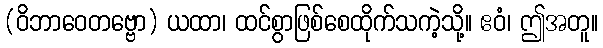
(ဝိဘာဝေတဗ္ဗော) ယထာ၊ ထင်စွာဖြစ်စေထိုက်သကဲ့သို့။ ဧဝံ၊ ဤအတူ။